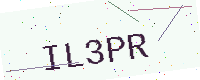
Text: IL3PR